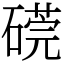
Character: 𥕜